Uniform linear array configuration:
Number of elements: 48
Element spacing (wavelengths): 0.25
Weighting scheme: blackman
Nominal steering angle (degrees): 0
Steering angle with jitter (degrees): -1.728
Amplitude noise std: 0.05
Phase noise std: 0.05

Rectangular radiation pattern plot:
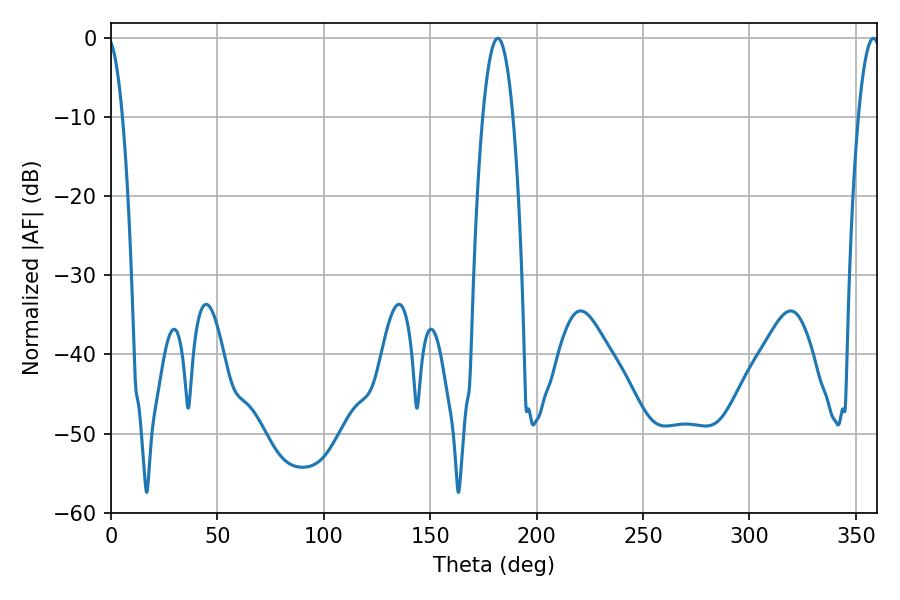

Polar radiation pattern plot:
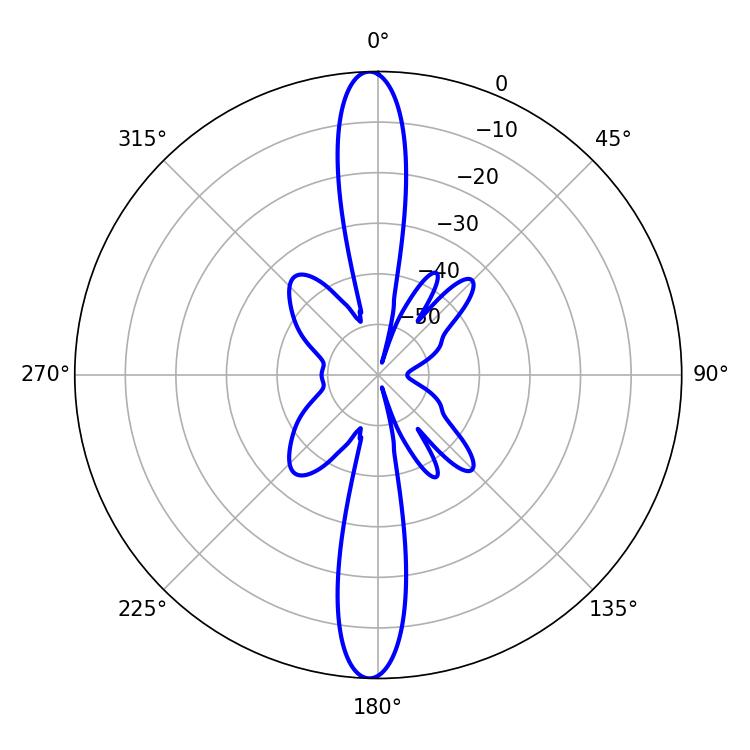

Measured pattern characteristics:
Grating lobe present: FALSE
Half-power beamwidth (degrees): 7.74
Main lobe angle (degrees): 181.8